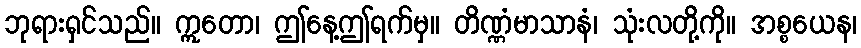
ဘုရားရှင်သည်။ ဣတော၊ ဤနေ့ဤရက်မှ။ တိဏ္ဏံမာသာနံ၊ သုံးလတို့ကို။ အစ္စယေန၊